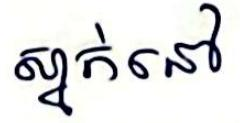
ស្នាក់នៅ